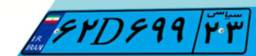
۲۴D۱۳۴۴۳